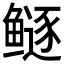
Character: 𱈏